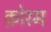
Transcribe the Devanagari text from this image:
क़ोरम